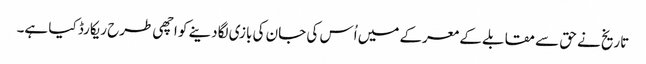
تاریخ نے حق سے مقابلے کے معرکے میں اُس کی جان کی بازی لگادینے کو اچھی طرح ریکارڈ کیا ہے۔